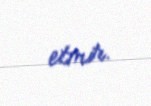
etmir.